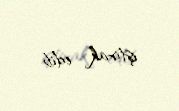
iştirak edib.